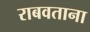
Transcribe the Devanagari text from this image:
राबवताना